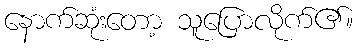
နောက်ဆုံးတော့ သူပြောလိုက်၏။